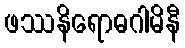
ဖဿနိရောဓဂါမိနီ